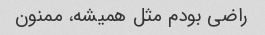
راضی بودم مثل همیشه، ممنون